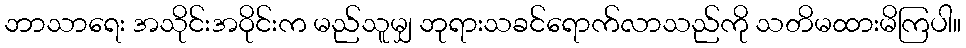
ဘာသာရေး အသိုင်းအဝိုင်းက မည်သူမျှ ဘုရားသခင်ရောက်လာသည်ကို သတိမထားမိကြပါ။